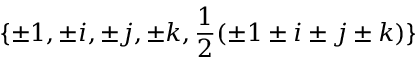
\{ \pm 1 , \pm i , \pm j , \pm k , { \frac { 1 } { 2 } } ( \pm 1 \pm i \pm j \pm k ) \}